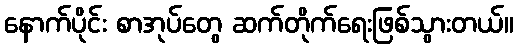
နောက်ပိုင်း စာအုပ်တွေ ဆက်တိုက်ရေးဖြစ်သွားတယ်။